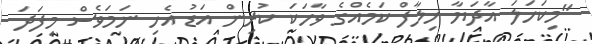
"މިކަހަލަ އާދަޔާ ހިލާފް ކަމެއްގެ ވާހަކަ ކުރިން އަޑު އެހި ނަމަވެސް މިފަދަ